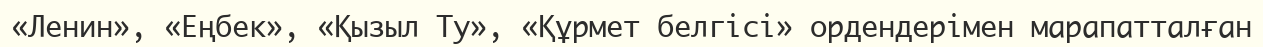
«Ленин», «Еңбек», «Қызыл Ту», «Құрмет белгісі» ордендерімен марапатталған